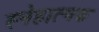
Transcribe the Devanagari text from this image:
स्नेहात्मक